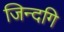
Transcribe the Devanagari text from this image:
जिन्दगि